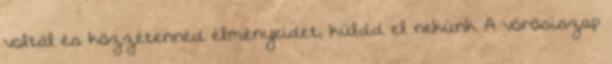
voltál és közzétennéd élményeidet, küldd el nekünk A vörösiszap